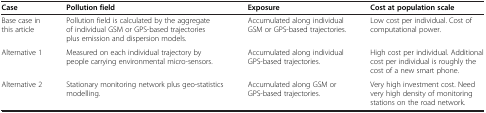
<table><thead><tr><td><b>Case</b></td><td><b>Pollution field</b></td><td><b>Exposure</b></td><td><b>Cost at population scale</b></td></tr></thead><tbody><tr><td>Base case in this article</td><td>Pollution field is calculated by the aggregate of individual GSM or GPS-based trajectories plus emission and dispersion models.</td><td>Accumulated along individual GSM or GPS-based trajectories.</td><td>Low cost per individual. Cost of computational power.</td></tr><tr><td>Alternative 1</td><td>Measured on each individual trajectory by people carrying environmental micro-sensors.</td><td>Accumulated along individual GPS-based trajectories.</td><td>High cost per individual. Additional cost per individual is roughly the cost of a new smart phone.</td></tr><tr><td>Alternative 2</td><td>Stationary monitoring network plus geo-statistics modelling.</td><td>Accumulated along GSM or GPS-based trajectories.</td><td>Very high investment cost. Need very high density of monitoring stations on the road network.</td></tr></tbody></table>